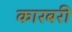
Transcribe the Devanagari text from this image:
कारबरी